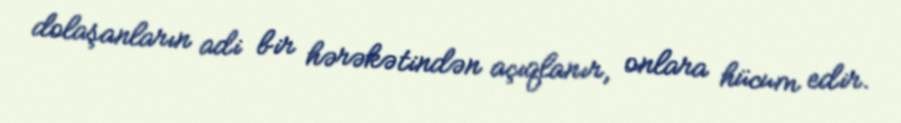
dolaşanların adi bir hərəkətindən açıqlanır, onlara hücum edir.